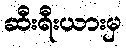
ဆီးရီးယားမှ